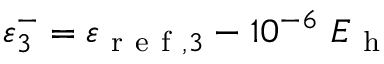
\varepsilon _ { 3 } ^ { - } = \varepsilon _ { \mathrm { ~ r ~ e ~ f ~ } , 3 } - 1 0 ^ { - 6 } \ E _ { \mathrm { ~ h ~ } }